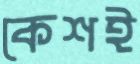
কেশই